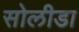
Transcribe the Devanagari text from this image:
सोलीडा